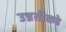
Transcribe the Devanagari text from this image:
उन्नतीकडे